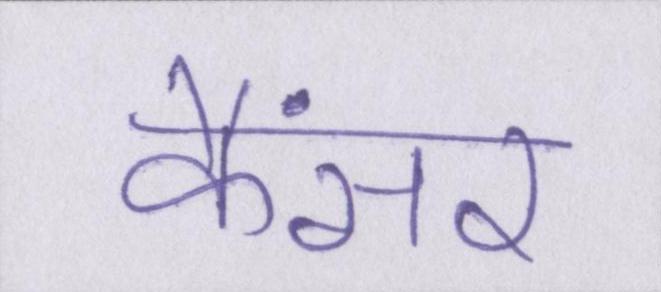
कैंसर